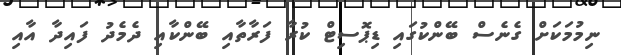
ނިމުމަކަށް ގެނެސް ބޭންކުގައި ޑިޕޮސިޓް ކުރާ ފަރާތާއި ބޭންކާއި ދެމެދު ފައިދާ އާއި